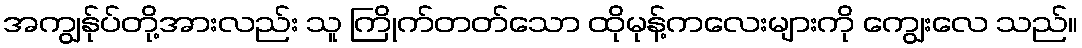
အကျွန်ုပ်တို့အားလည်း သူ ကြိုက်တတ်သော ထိုမုန့်ကလေးများကို ကျွေးလေ သည်။